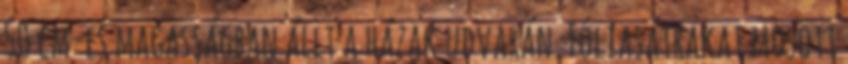
50 cm-es magasságban állt a házak udvarán. Fóliasátrakat mosott